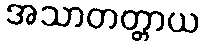
အသာတတ္တာယ